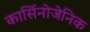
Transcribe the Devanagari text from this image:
कार्सिनोजेनिक